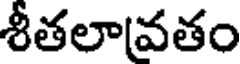
శీతలావతం